Annual report on the mental hospital in the Central Provinces and Berar (Nagpur) - 1927-1951
Year: 1927
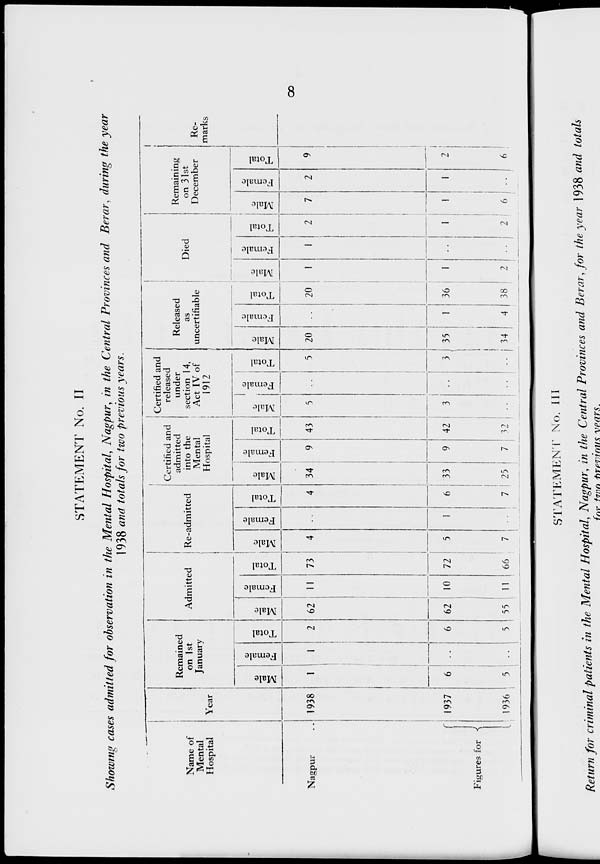
8
STATEMENT No. II
Showing cases admitted for observation in the Mental Hospital, Nagpur, in the Central Provinces and Berar, during the year
1938 and totals for two previous years.
Name of
Mental
Hospital
Nagpur ..
Figures for
Year
1938
1937
1936
Remained
on 1st
January
Male
1
6
5
Female
1
..
..
Total
2
6
5
Admitted
Male
62
62
55
Female
11
10
11
Total
73
72
66
Re-admitted
Male
4
5
7
Female
..
1
..
Total
4
6
7
Certified and
admitted
into the
Mental
Hospital
Male
34
33
25
Female
9
9
7
Total
43
42
32
Certified and
released
under
section 14,
Act IV of
1912
Male
5
3
..
Female
..
..
..
Total
5
3
..
Released
as
uncertifiable
Male
20
35
34
Female
..
1
4
Total
20
36
38
Died
Male
1
1
2
Female
1
..
..
Total
2
1
2
Remaining
on 31st
December
Male
7
1
6
Female
2
1
..
Total
9
2
6
Re¬
marks